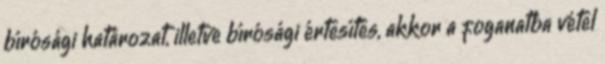
bírósági határozat, illetve bírósági értesítés, akkor a foganatba vétel